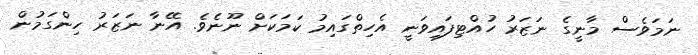
ނަމަވެސް މާނީގެ ނަޒަރު ހުއްޓިފައިވަނީ އެހިތްގައިމު ކަމަކަށް ނޫނެވެ. އޭނާ ނަޒަރު ހިންގަމުން